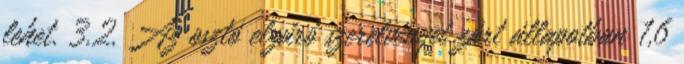
lehet. 3.2. Az osztó elzáró szerelvényei zárt állapotban 1,6